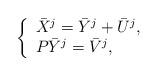
LaTeX: \begin{align*}\left\{\begin{array}{lll}\bar{X}^j=\bar{Y}^j+ \bar{U}^j,\\ P \bar{Y}^j =\bar{V}^j,\end{array}\right.\end{align*}